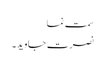
سمت نما
نصرت جاوید۔